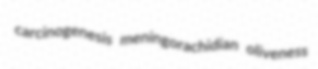
carcinogenesis meningorachidian oliveness